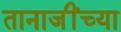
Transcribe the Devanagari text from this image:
तानाजींच्या